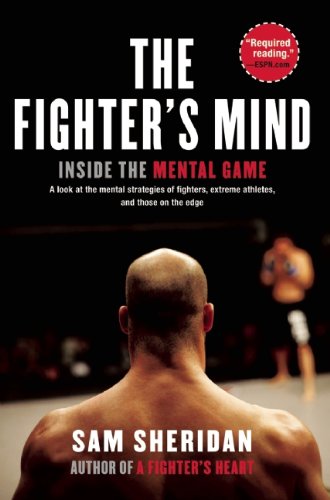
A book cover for The Fighter's Mind: Inside the Mental Game; Sam Sheridan; Sports & Outdoors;